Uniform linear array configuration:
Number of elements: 24
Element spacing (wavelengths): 0.75
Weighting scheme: exponential
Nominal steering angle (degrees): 0
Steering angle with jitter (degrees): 0.8604
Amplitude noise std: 0.05
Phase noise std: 0.05

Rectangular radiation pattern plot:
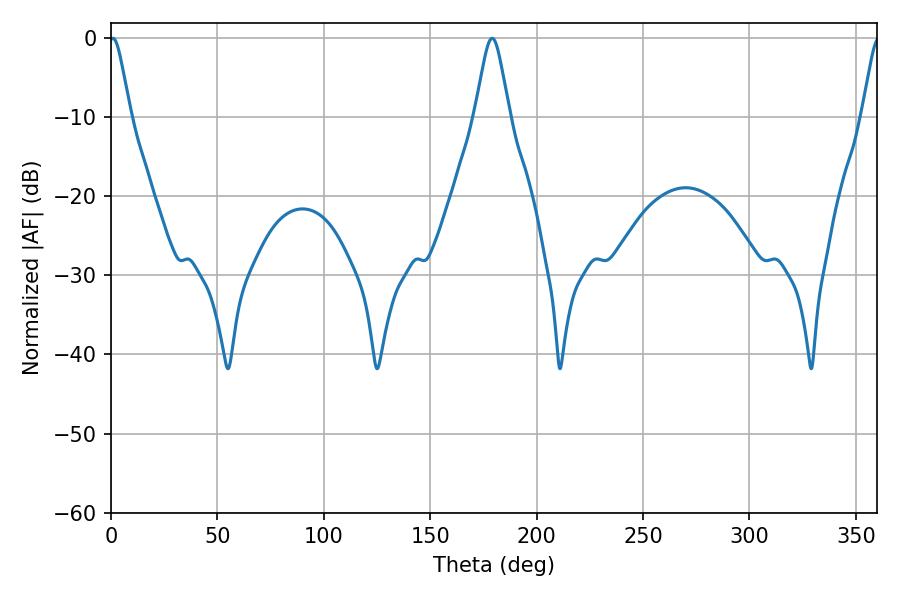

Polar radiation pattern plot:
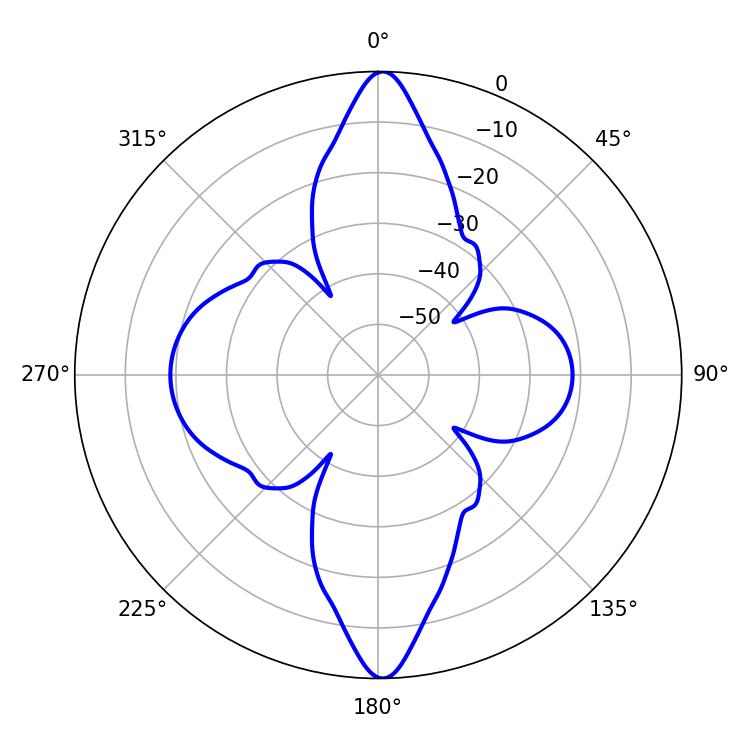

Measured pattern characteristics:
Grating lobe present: TRUE
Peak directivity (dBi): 33.134
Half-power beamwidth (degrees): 4.86
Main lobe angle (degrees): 0.9